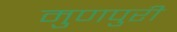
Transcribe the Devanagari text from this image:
मुणपुरी